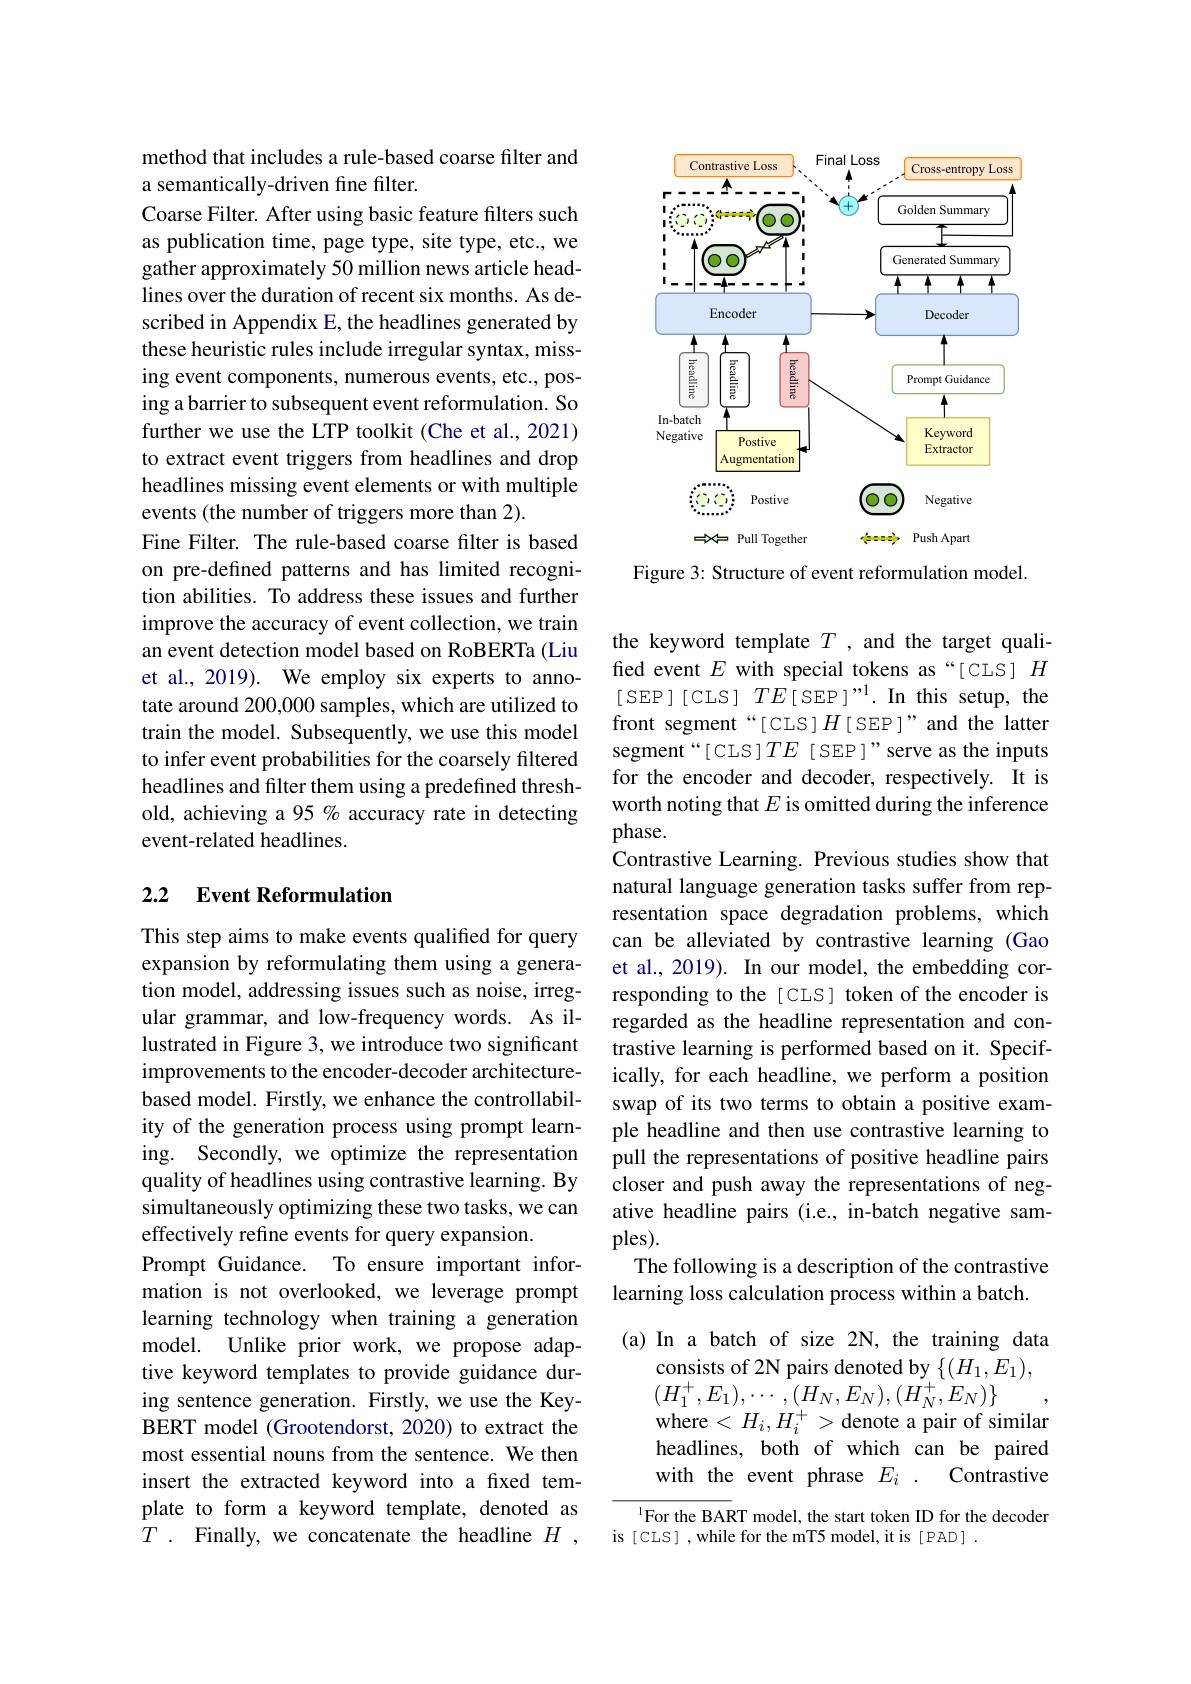
method that includes a rule-based coarse filter and
a semantically-driven fine filter.
Coarse Filter. After using basic feature filters such as publication time, page type, site type, etc., we gather approximately 50 million news article headlines over the duration of recent six months. As described in Appendix E, the headlines generated by these heuristic rules include irregular syntax, missing event components, numerous events, etc., posing a barrier to subsequent event reformulation. So further we use the LTP toolkit (Che et al., 2021) to extract event triggers from headlines and drop headlines missing event elements or with multiple events (the number of triggers more than 2).
Fine Filter. The rule-based coarse filter is based on pre-defined patterns and has limited recognition abilities. To address these issues and further improve the accuracy of event collection, we train an event detection model based on RoBERTa (Liu et al., 2019). We employ six experts to annotate around 200,000 samples, which are utilized to train the model. Subsequently, we use this model to infer event probabilities for the coarsely filtered headlines and filter them using a predefined threshold, achieving a 95 % accuracy rate in detecting event-related headlines.

### 2.2 Event Reformulation

This step aims to make events qualified for query expansion by reformulating them using a generation model, addressing issues such as noise, irregular grammar, and low-frequency words. As illustrated in Figure 3, we introduce two significant improvements to the encoder-decoder architecturebased model. Firstly, we enhance the controllability of the generation process using prompt learning. Secondly, we optimize the representation quality of headlines using contrastive learning. By simultaneously optimizing these two tasks, we can effectively refine events for query expansion.
Prompt Guidance. To ensure important information is not overlooked, we leverage prompt learning technology when training a generation model. Unlike prior work, we propose adaptive keyword templates to provide guidance during sentence generation. Firstly, we use the KeyBERT model (Grootendorst, 2020) to extract the most essential nouns from the sentence. We then insert the extracted keyword into a fixed template to form a keyword template, denoted as $T$ . Finally, we concatenate the headline $H$ ,

<FigureHere>

Figure 3: Structure of event reformulation model.

the keyword template $T$ ,and the target qualified event $E$ with special tokens as“[CLS] $H$ [SEP][CLS$]TE[$SEP$]^\mathrm{"1}.$In this setup, the front segment“[CLS]$H$[SEP]”and the latter segment“[CLS]TE [SEP]”serve as the inputs for the encoder and decoder, respectively. It is worth noting that $E$ is omitted during the inference phase.
Contrastive Learning. Previous studies show that natural language generation tasks suffer from representation space degradation problems, which can be alleviated by contrastive learning (Gao et al., 2019). In our model, the embedding corresponding to the [CLS] token of the encoder is regarded as the headline representation and contrastive learning is performed based on it. Specifically, for each headline, we perform a position swap of its two terms to obtain a positive example headline and then use contrastive learning to pull the representations of positive headline pairs closer and push away the representations of negative headline pairs (i.e., in-batch negative samples).
The following is a description of the contrastive
learning loss calculation process within a batch.

(a) In a batch of size 2N, the training data
consists of 2N pairs denoted by $\{(H_{1},E_{1})$, $(H_{1}^{+},E_{1}),\cdots,(H_{N},E_{N}),(H_{N}^{+},E_{N})\}$ where $<H_i,H_{i}^{+}>$denote a pair of similar headlines, both of which can be paired
Contrastive
with the event phrase $E_i.$

$^{1}$For the BART model, the start token ID for the decoder
is [CLS] ,while for the mT5 model, it is  .